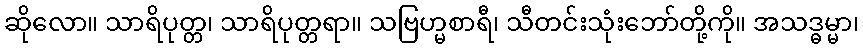
ဆိုလော။ သာရိပုတ္တ၊ သာရိပုတ္တရာ။ သဗြဟ္မစာရီ၊ သီတင်းသုံးဘော်တို့ကို။ အသဒ္ဓမ္မာ၊